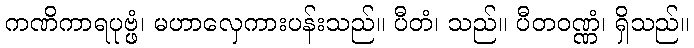
ကဏိကာရပုဗ္ဖံ၊ မဟာလှေကားပန်းသည်။ ပီတံ၊ သည်။ ပီတဝဏ္ဏံ၊ ရှိသည်။